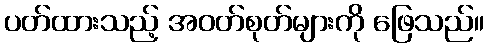
ပတ်ထားသည့် အဝတ်စုတ်များကို ဖြေသည်။